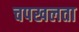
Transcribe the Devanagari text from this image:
चपखलता